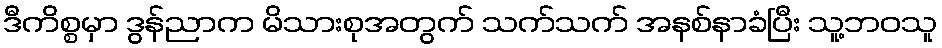
ဒီကိစ္စမှာ ဒွန်ညာက မိသားစုအတွက် သက်သက် အနစ်နာခံပြီး သူ့ဘဝသူ